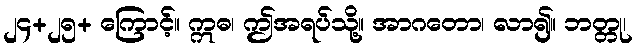
၂၄+၂၅+ ကြောင့်။ ဣဓ၊ ဤအရပ်သို့။ အာဂတော၊ လာ၍။ ဘတ္တု၊